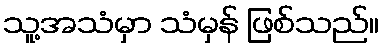
သူ့အသံမှာ သံမှန် ဖြစ်သည်။